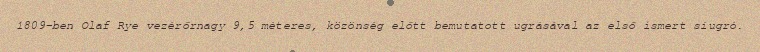
1809-ben Olaf Rye vezérőrnagy 9,5 méteres, közönség előtt bemutatott ugrásával az első ismert síugró.